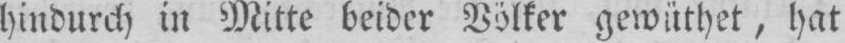
hindurch in Mitte beider Völker gewüthet, hat